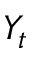
Y _ { t }